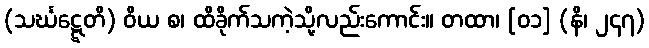
(သင်္ဃဋ္ဋေတိ) ဝိယ စ၊ ထိခိုက်သကဲ့သို့လည်းကောင်း။ တထာ၊ [၀၁] (နိ၊ ၂၄၇)